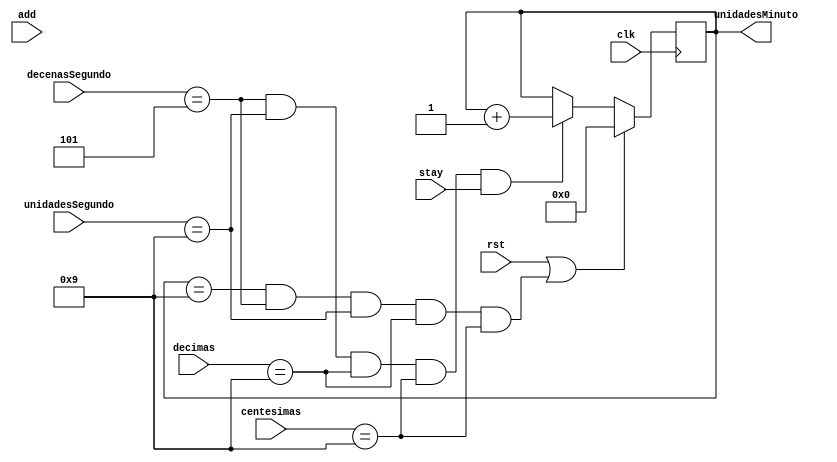
`timescale 1ns / 1ps
//////////////////////////////////////////////////////////////////////////////////
// Company: 
// Engineer: 
// 
// Design Name: 
// Module Name:    UnidadesMinuto 
// Project Name: 
// Target Devices: 
// Tool versions: 
// Description: 
//
// Dependencies: 
//
// Revision: 
// Revision 0.01 - File Created
// Additional Comments: 
//
//////////////////////////////////////////////////////////////////////////////////
module UnidadesMinuto(
	input clk,
	input stay,
	input add,
	input rst,
	input [3:0] decimas,
	input [3:0] centesimas,
	input [3:0] unidadesSegundo,
	input [2:0] decenasSegundo,
	output reg[3:0] unidadesMinuto
    );
	 
	 always @ (posedge clk)
		begin
			if (rst == 1 || unidadesMinuto == 9 && decenasSegundo == 5 && unidadesSegundo == 9 && decimas == 9 && centesimas == 9)
				begin 
					unidadesMinuto <=0;
				end
			else if (decenasSegundo == 5 && unidadesSegundo == 9 && decimas == 9 && centesimas == 9 && stay == 1)
				begin
					unidadesMinuto <= unidadesMinuto + 1;
				end
		end
		
		


endmodule